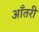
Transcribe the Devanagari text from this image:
आँतरी